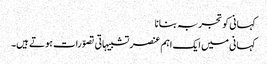
کہانی کو تجربہ بنانا
کہانی میں ایک اہم عنصر تشبیہاتی تصوّرات ہوتے ہیں۔